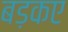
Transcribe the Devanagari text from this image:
बड़कए